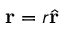
\mathbf { r } = r \hat { \mathbf { r } }